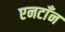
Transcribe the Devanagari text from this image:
एनटाँन